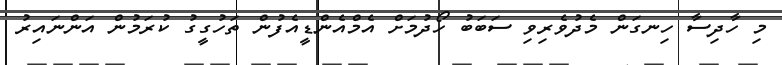
މި ހާދިސާ ހިނގަން މެދުވެރިވި ސަބަބު ހޯދުމަށް އެމްއެންޑީއެފުން ތަހުގީގު ކުރަމުން އަންނައިރު